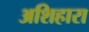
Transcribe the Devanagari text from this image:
अशिहारा